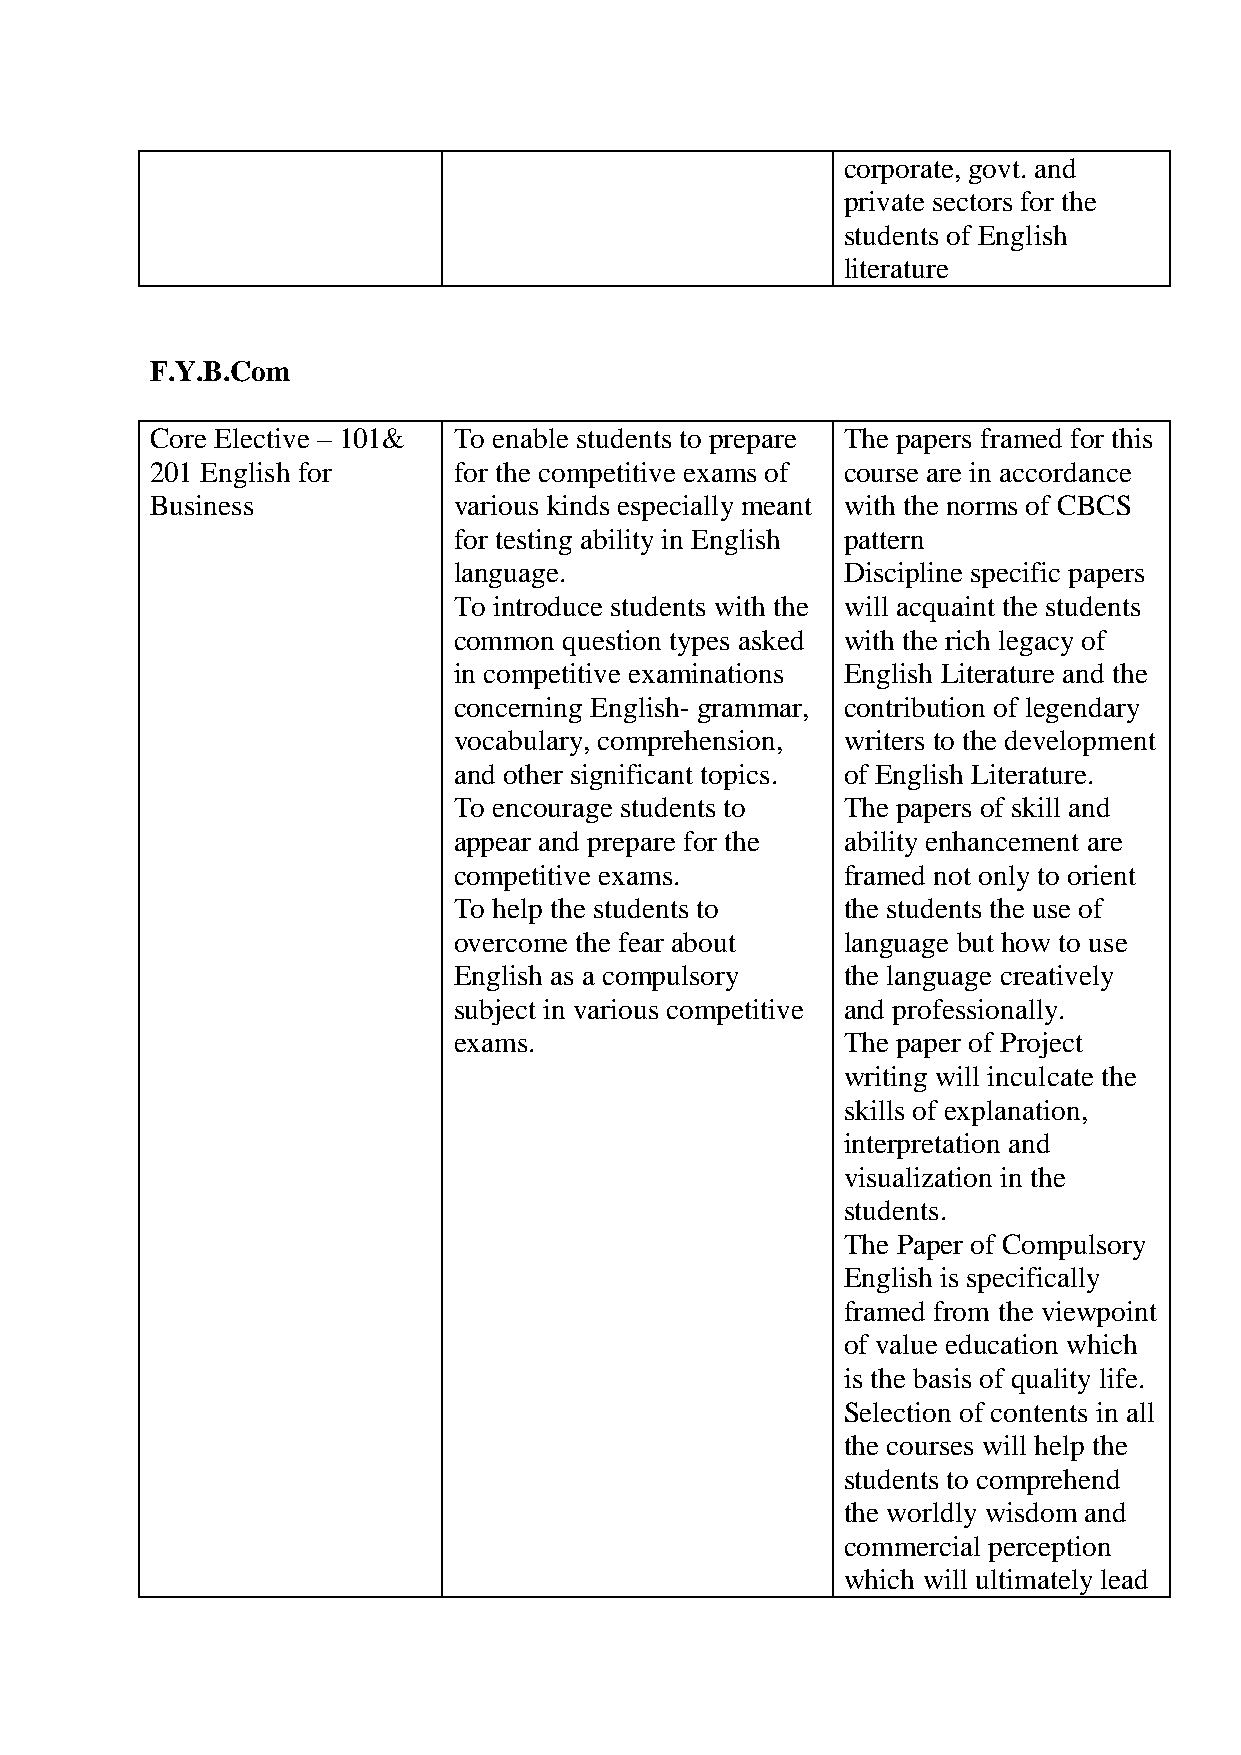
corporate, govt. and
 private sectors for the
 students of English
 literature
 F.Y.B.Com
 Core Elective – 101& To enable students to prepare The papers framed for this
 201 English for     for the competitive exams of course are in accordance
 Business            various kinds especially meant with the norms of CBCS
 for testing ability in English pattern
 language.                 Discipline specific papers
 To introduce students with the will acquaint the students
 common question types asked with the rich legacy of
 in competitive examinations English Literature and the
 concerning English- grammar, contribution of legendary
 vocabulary, comprehension, writers to the development
 and other significant topics. of English Literature.
 To encourage students to  The papers of skill and
 appear and prepare for the ability enhancement are
 competitive exams.        framed not only to orient
 To help the students to   the students the use of
 overcome the fear about   language but how to use
 English as a compulsory   the language creatively
 subject in various competitive and professionally.
 exams.                    The paper of Project
 writing will inculcate the
 skills of explanation,
 interpretation and
 visualization in the
 students.
 The Paper of Compulsory
 English is specifically
 framed from the viewpoint
 of value education which
 is the basis of quality life.
 Selection of contents in all
 the courses will help the
 students to comprehend
 the worldly wisdom and
 commercial perception
 which will ultimately lead